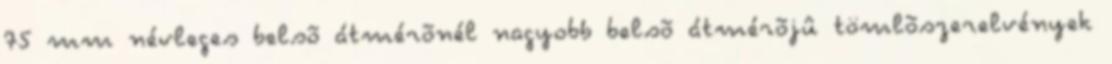
75 mm névleges belsõ átmérõnél nagyobb belsõ átmérõjû tömlõszerelvények